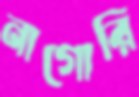
নাগোরি